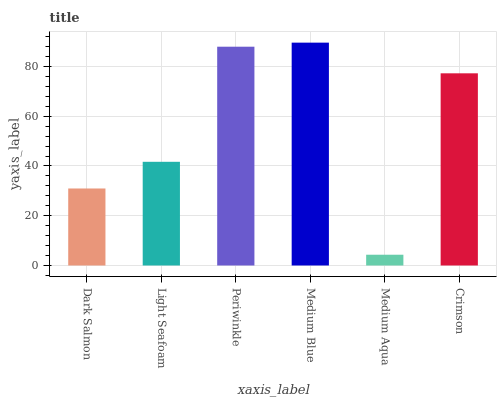
| xaxis_label | bars |
 | --- | --- |
 | Dark Salmon | 31 |
 | Light Seafoam | 41.7 |
 | Periwinkle | 87.9 |
 | Medium Blue | 89.6 |
 | Medium Aqua | 4.33 |
 | Crimson | 77.2 |